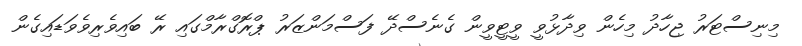
މިނިސްޓަރު ޖިހާދު މިހެން ވިދާޅުވީ ވީޓީވީން ގެނެސްދޭ ފަސްމަންޒަރު ޕްރޮގްރާމްގައި ރޭ ބައިވެރިވެވަޑައިގެން